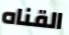
القناه